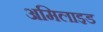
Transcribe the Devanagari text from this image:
अमिलाइड